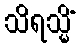
သိရသ္မိံ